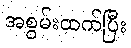
အစွမ်းထက်ပြီး